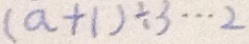
( a + 1 ) \div 3 \cdots 2